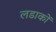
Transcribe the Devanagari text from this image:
लडाकों